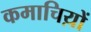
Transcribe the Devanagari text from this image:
कमाचिय़ों